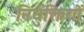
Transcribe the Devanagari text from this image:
निर्युक्तियों